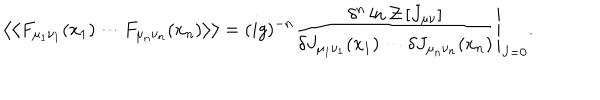
\left. \left< \left< F _ { \mu _ { 1 } \nu _ { 1 } } ( x _ { 1 } ) \cdots F _ { \mu _ { n } \nu _ { n } } ( x _ { n } ) \right> \right> = ( i g ) ^ { - n } \frac { \delta ^ { n } \ln { \cal Z } \left[ J _ { \mu \nu } \right] } { \delta J _ { \mu _ { 1 } \nu _ { 1 } } ( x _ { 1 } ) \cdots \delta J _ { \mu _ { n } \nu _ { n } } ( x _ { n } ) } \right| _ { J = 0 } .